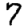
Digit: 7